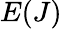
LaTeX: E(J)